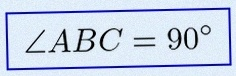
\angle ABC=90^\circ